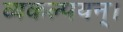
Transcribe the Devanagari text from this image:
व्यकल्पयन्।